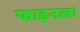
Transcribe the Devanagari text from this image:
फाइनल।